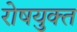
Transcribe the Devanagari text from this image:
रोषयुक्त